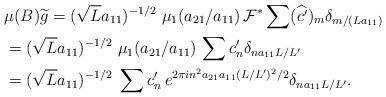
LaTeX: \begin{align*}& \mu(B) \widetilde g= (\sqrt{L}a_{11})^{-1/2}\ \mu_1(a_{21}/a_{11})\, \mathcal{F}^\ast \sum (\widehat{c'})_m \delta_{m/(L a_{11})}\\ &= (\sqrt{L}a_{11})^{-1/2}\ \mu_1(a_{21}/a_{11})\, \sum c'_n \delta_{n a_{11} L /L'}\\&= (\sqrt{L}a_{11})^{-1/2}\ \sum c'_n \, e^{2\pi i n^2 a_{21} a_{11} (L/L')^2/2} \delta_{n a_{11} L /L'}. \end{align*}